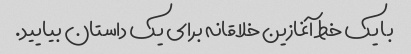
با یک خط آغازین خلاقانه برای یک داستان بیایید.